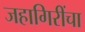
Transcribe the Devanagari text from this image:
जहागिरींचा